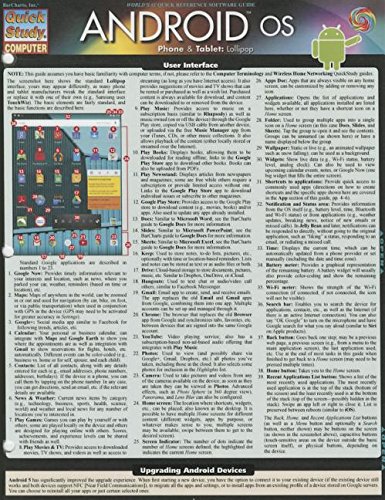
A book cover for Android Os 5.0  Phone & Tablet; Inc. BarCharts; Computers & Technology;